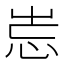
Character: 𡷢